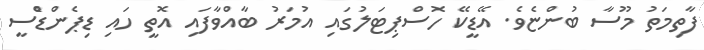
ފާތިމަތު މޫސާ ބުންޏެވެ. އޭޑީކޭ ހޮސްޕިޓަލުގައި އުމަރު ބާއްވާފައި އޮތީ ހައި ޑިޕެންޑެްސީ